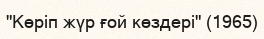
"Көріп жүр ғой көздері" (1965)